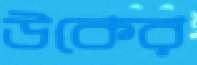
উকের